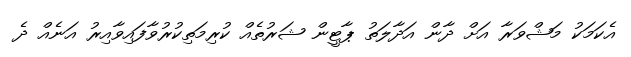
އެކަމަކު މަޝްވަރާ އަށް ދާން އަދާލަތު ޕާޓީން ޝަރުތެއް ކުރިމަތިކުރުވާފައިވާއިރު އަނެއް ދެ